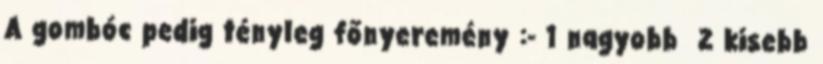
A gombóc pedig tényleg főnyeremény :- 1 nagyobb 2 kisebb